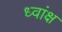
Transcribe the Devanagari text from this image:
ध्वांक्ष